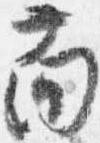
面